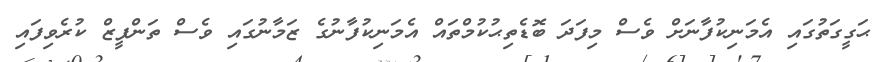
ޙަގީގަތުގައި އެމަނިކުފާނަށް ވެސް މިފަދަ ބޮޑެތިޙުކުމްތައް އެމަނިކުފާނުގެ ޒަމާނުގައި ވެސް ތަންފީޒް ކުރެވިފައި